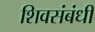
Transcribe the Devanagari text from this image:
शिवसंबंधी